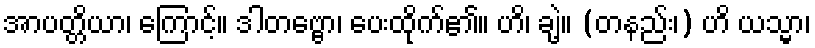
အာပတ္တိယာ၊ ကြောင့်။ ဒါတဗ္ဗော၊ ပေးထိုက်၏။ ဟိ၊ ချဲ့။ (တနည်း၊) ဟိ ယသ္မာ၊